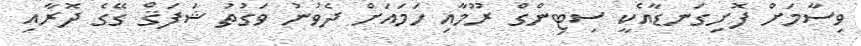
ވިސާމަށް ފޮށިގަނޑާއެކީ ސިޓިންގް ރޫމާއި ހަމައަށް ދެވުނު ވަގުތު ޝަފަޤް ގޭގެ ދޮރާއި